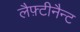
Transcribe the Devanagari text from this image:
लैफ़्टीनैन्ट